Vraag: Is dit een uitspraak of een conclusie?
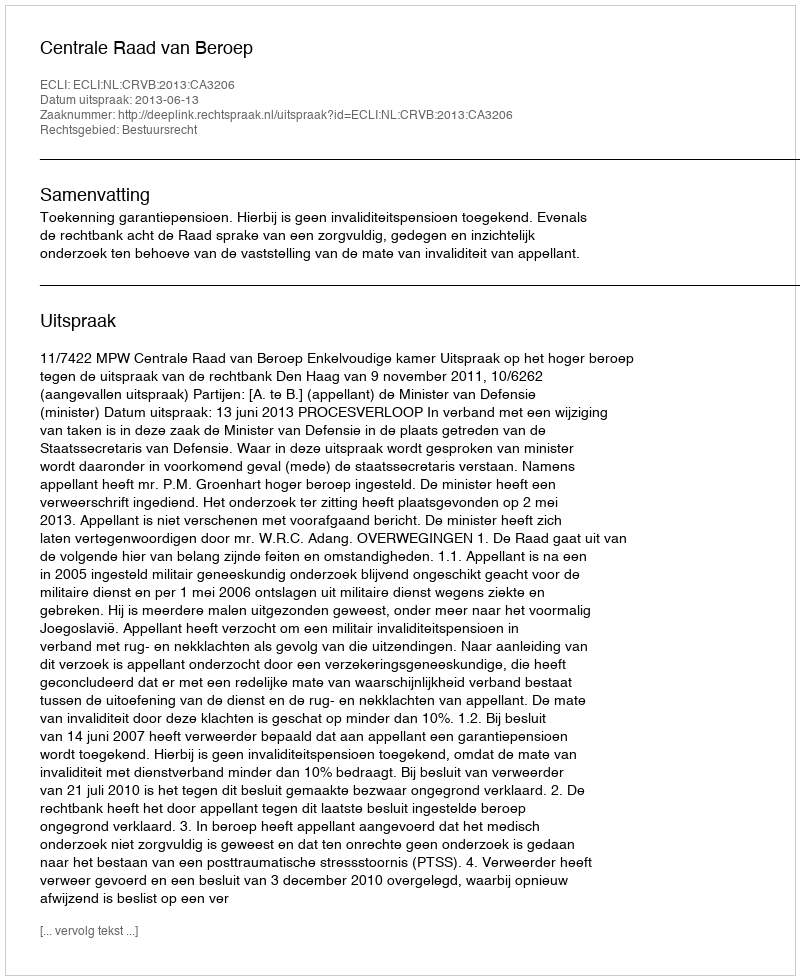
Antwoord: Uitspraak